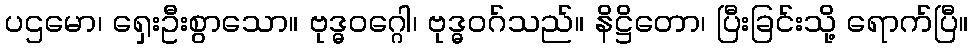
ပဌမော၊ ရှေးဦးစွာသော။ ဗုဒ္ဓဝဂ္ဂေါ၊ ဗုဒ္ဓဝဂ်သည်။ နိဋ္ဌိတော၊ ပြီးခြင်းသို့ ရောက်ပြီ။